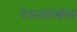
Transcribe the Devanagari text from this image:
देऊळदेखील